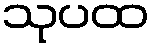
သုပထ